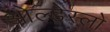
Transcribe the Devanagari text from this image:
ओल्डेस्लो